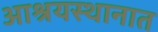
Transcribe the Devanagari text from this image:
आश्रयस्थानात